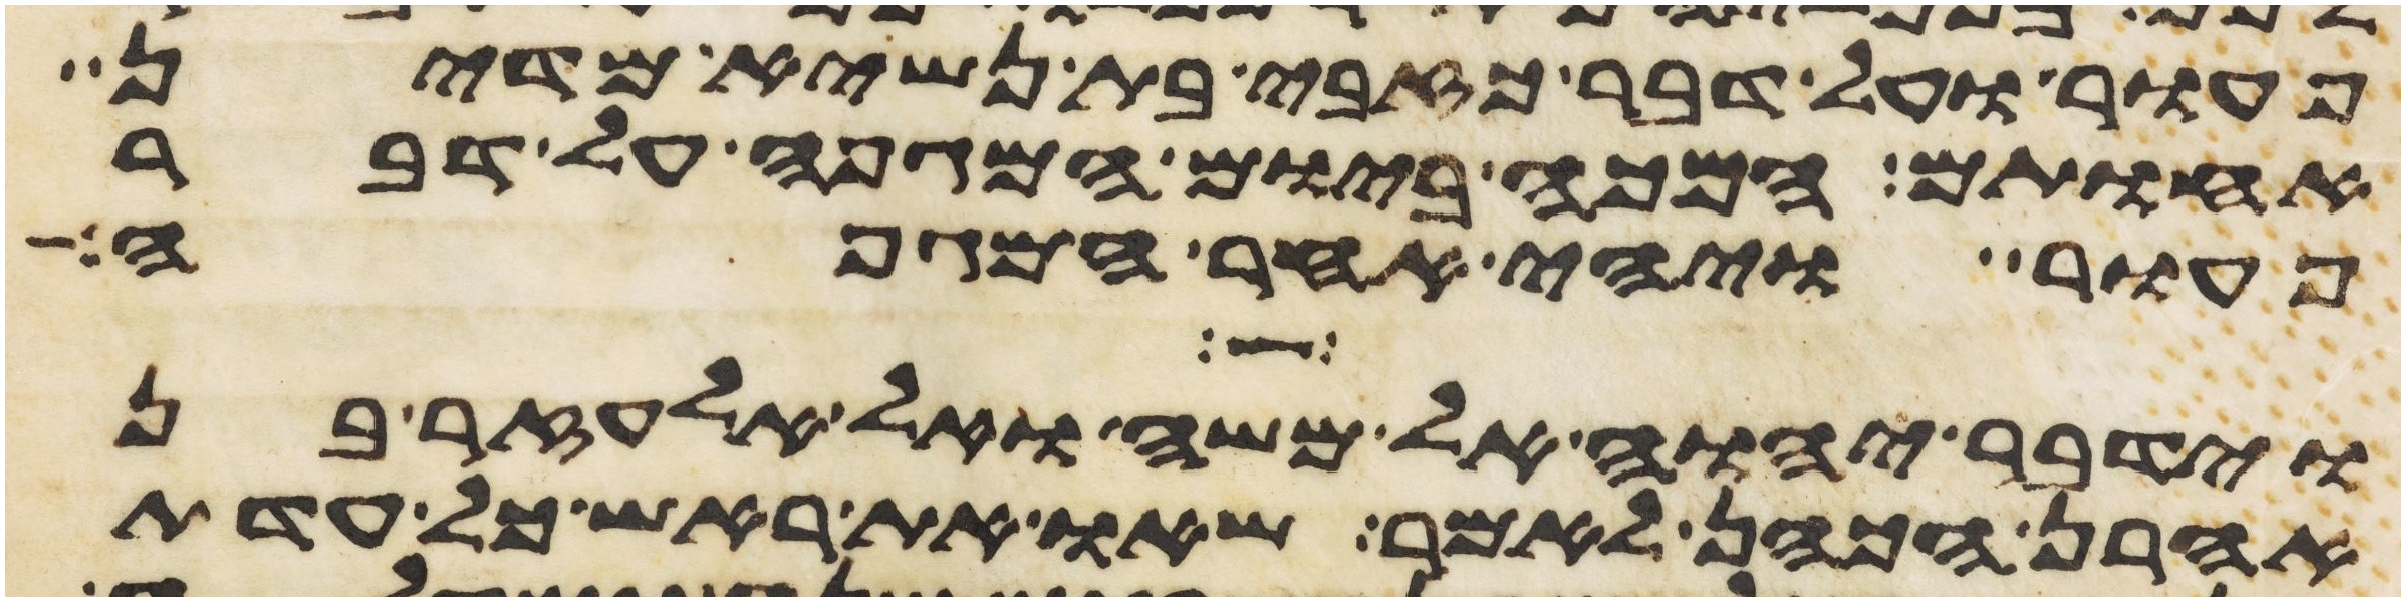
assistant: פעור ועל דבר כזבי בת נשיא מדין
אחותם המכה ביום המגפה על דבר
פעור ויהי אחר המגפה
וידבר יהוה אל משה ואל אלעזר בן
אהרן הכהן לאמר שאו את ראש כל עדת